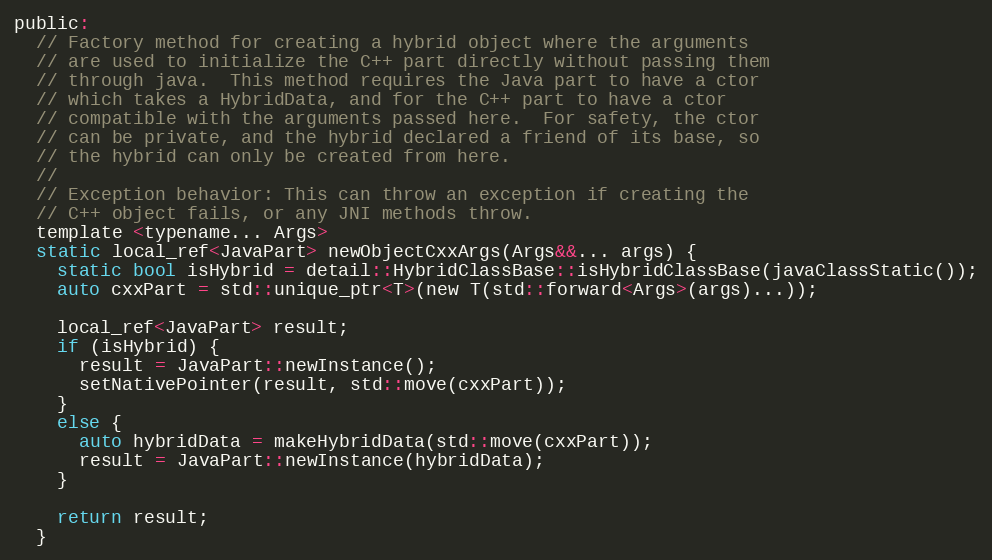
Language: C
public:
  // Factory method for creating a hybrid object where the arguments
  // are used to initialize the C++ part directly without passing them
  // through java.  This method requires the Java part to have a ctor
  // which takes a HybridData, and for the C++ part to have a ctor
  // compatible with the arguments passed here.  For safety, the ctor
  // can be private, and the hybrid declared a friend of its base, so
  // the hybrid can only be created from here.
  //
  // Exception behavior: This can throw an exception if creating the
  // C++ object fails, or any JNI methods throw.
  template <typename... Args>
  static local_ref<JavaPart> newObjectCxxArgs(Args&&... args) {
    static bool isHybrid = detail::HybridClassBase::isHybridClassBase(javaClassStatic());
    auto cxxPart = std::unique_ptr<T>(new T(std::forward<Args>(args)...));

    local_ref<JavaPart> result;
    if (isHybrid) {
      result = JavaPart::newInstance();
      setNativePointer(result, std::move(cxxPart));
    }
    else {
      auto hybridData = makeHybridData(std::move(cxxPart));
      result = JavaPart::newInstance(hybridData);
    }

    return result;
  }